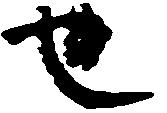
也